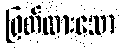
ဖြတ်ထားသော